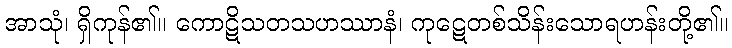
အာသုံ၊ ရှိကုန်၏။ ကောဋိသတသဟဿာနံ၊ ကုဋေတစ်သိန်းသောရဟန်းတို့၏။